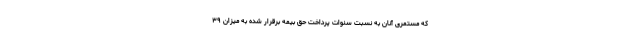
که مستمری آنان به نسبت سنوات پرداخت حق بیمه برقرار شده به میزان ۳۹